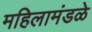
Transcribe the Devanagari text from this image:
महिलामंडळे